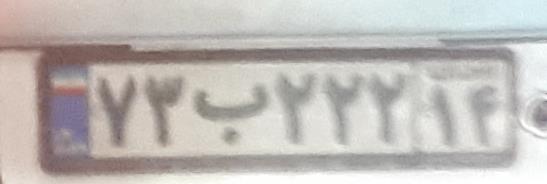
۷۳ب۲۲۲۱۴